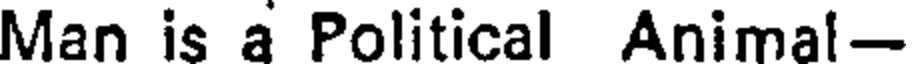
Man is a Political Animal-